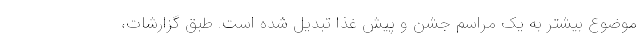
موضوع بیشتر به یک مراسم جشن و پیش غذا تبدیل شده است. طبق گزارشات،